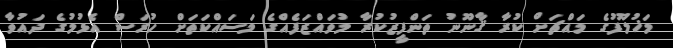
މަޚުލޫފުގެ މައްޗަށް ކުރާ ޤާނޫނު ތަންފީޒުކުރާ މުވައްޒަފެއްގެ މަސައްކަތަށް ހުރަސް އެޅުމުގެ ދައުވާ